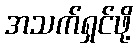
အသက်ရှင်ဖို့